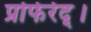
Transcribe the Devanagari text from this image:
प्रोफेर्रेद्।